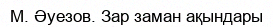
М. Әуезов. Зар заман ақындары